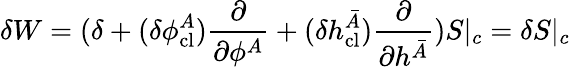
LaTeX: \delta W=(\delta+(\delta\phi_{\mathrm{cl}}^{A})\frac{\partial}{\partial\phi^{A}}+(\delta h_{\mathrm{cl}}^{\bar{A}})\frac{\partial}{\partial h^{\bar{A}}})S|_{c}=\delta S|_{c}